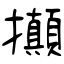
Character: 攧